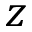
z